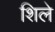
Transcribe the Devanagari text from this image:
शिले